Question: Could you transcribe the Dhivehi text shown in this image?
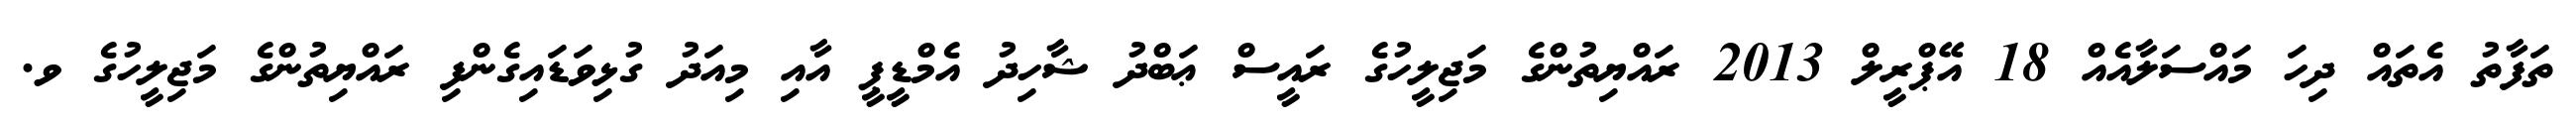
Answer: ތަފާތު އެތައް ދިހަ މައްސަލާއެއް 18 އޭޕްރީލް 2013 ރައްޔިތުންގެ މަޖިލީހުގެ ރައީސް ޢަބްދު ޝާހިދު އެމްޑީޕީ އާއި މިއަދު ގުޅިވަޑައިގެންފި ރައްޔިތުންގެ މަޖިލީހުގެ ވ.